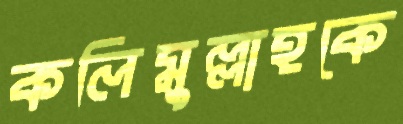
কলিমুল্লাহকে